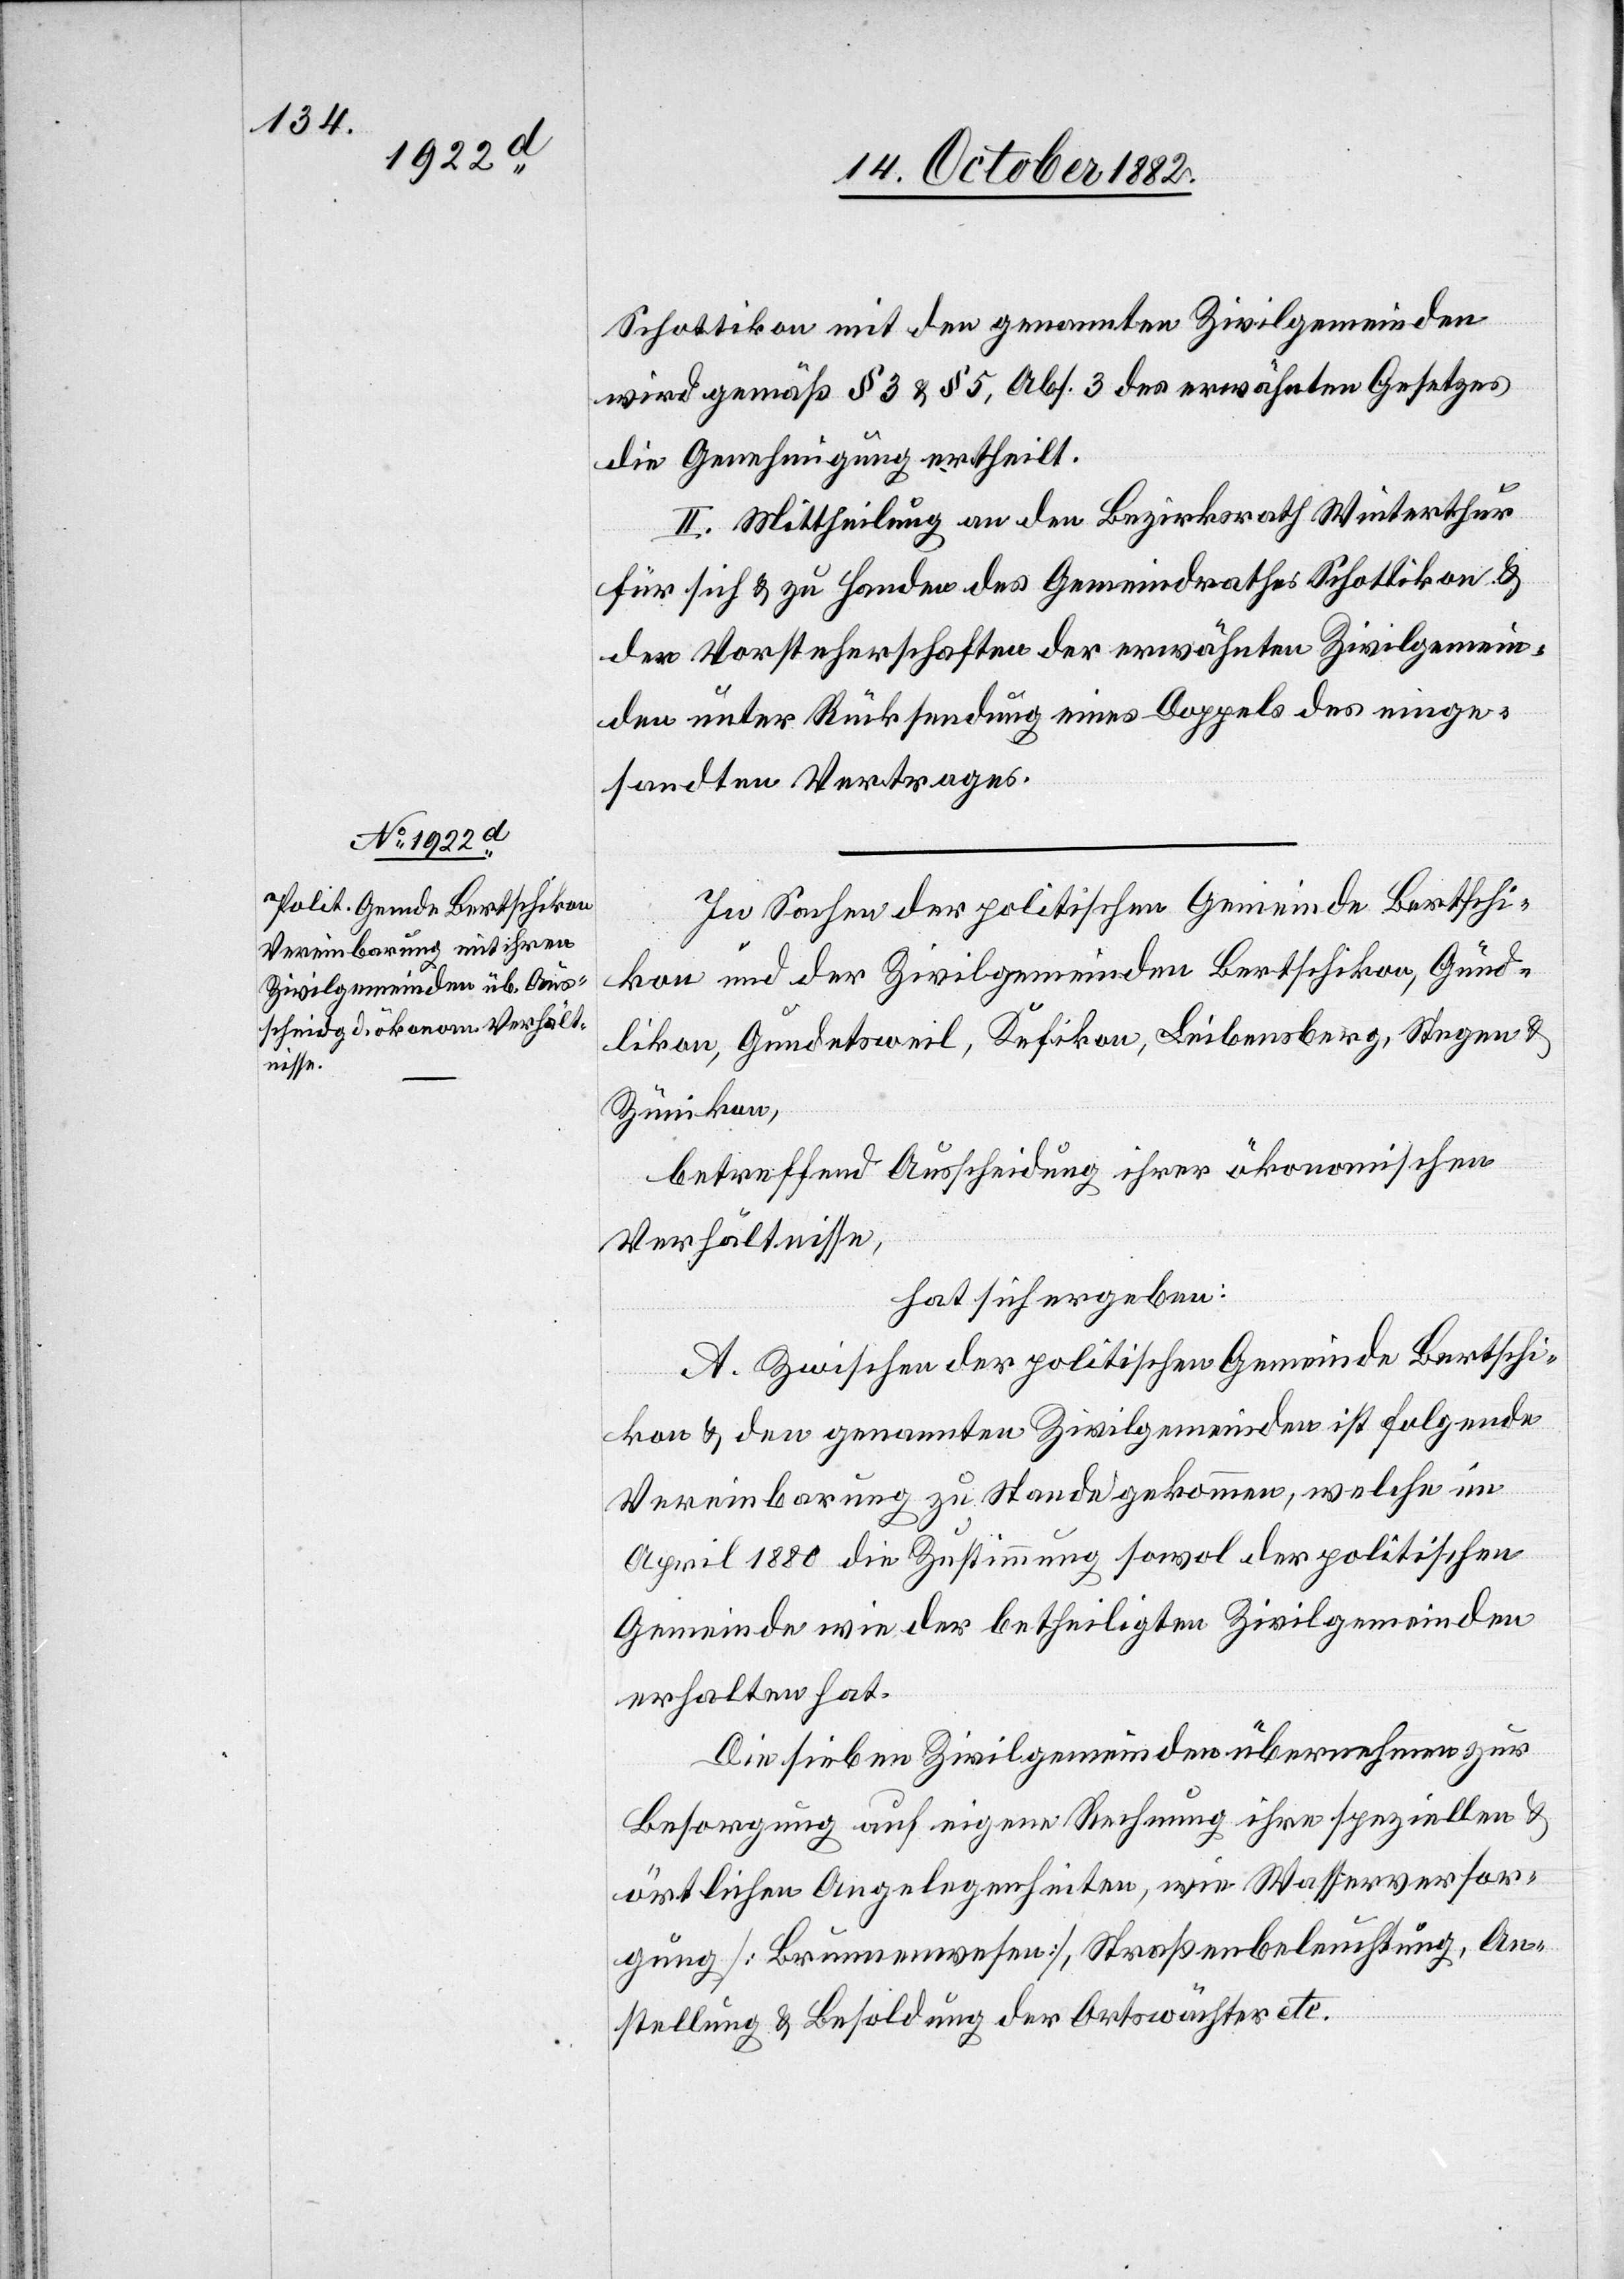
Schottikon mit den genannten Zivilgemeinden
wird gemäß § 3 & § 5, Abs. 3 des erwähnten Gesetzes
die Genehmigung ertheilt.
II. Mittheilung an den Bezirksrath Winterthur
für sich & zu Handen des Gemeindrathes Schottikon &
der Vorsteherschaften der erwähnten Zivilgemein¬
den unter Rücksendung eines Doppels des einge¬
sandten Vertrages.
In Sachen der politischen Gemeinde Bertschi¬
kon & der Zivilgemeinden Bertschikon, Günd¬
likon, Gundetsweil, Kefikon, Leibensberg, Stegen &
Zünikon,
betreffend Ausscheidung ihrer ökonomischen
Verhältnisse,
hat sich ergeben:
A. Zwischen der politischen Gemeinde Bertschi¬
kon & den genannten Zivilgemeinden ist folgende
Vereinbarung zu Stande gekommen, welche im
April 1880 die Zustimmung sowol der politischen
Gemeinde wie der betheiligten Zivilgemeinden
erhalten hat.
Die sieben Zivilgemeinden übernehmen zur
Besorgung auf eigene Rechnung ihre speziellen &
örtlichen Angelegenheiten, wie Wasserversor¬
gung [Brunnenwesen], Straßenbeleuchtung, An¬
stellung & Besoldung der Ortswächter etc.